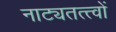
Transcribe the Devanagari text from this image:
नाट्यतत्त्वों